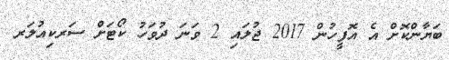
ބަޔާންކޮށް އެ އޮފީހުން 2017 ޖުލައި 2 ވަނަ ދުވަހު ކޯޓަށް ސަރކިއުލަރ